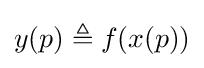
y(p)\triangleq f(x(p))